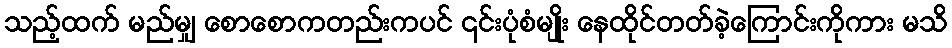
သည့်ထက် မည်မျှ စောစောကတည်းကပင် ၎င်းပုံစံမျိုး နေထိုင်တတ်ခဲ့ကြောင်းကိုကား မသိ